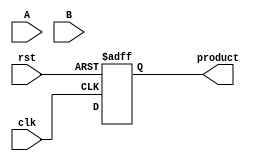
module PipelinedWallaceTreeMultiplier #(parameter N = 8, // Bit-width of inputs
                                        parameter STAGES = 3) // Number of pipeline stages
(
    input  wire clk,
    input  wire rst,
    input  wire [N-1:0] A,
    input  wire [N-1:0] B,
    output reg [2*N-1:0] product
);

    // Intermediate signals
    wire [N-1:0] partial_products[N-1:0];
    wire [2*N-1:0] stage_out [STAGES:0];
    reg [2*N-1:0] stage_reg [STAGES:0];

    // Generate partial products
    genvar i, j;
    generate
        for (i = 0; i < N; i = i + 1) begin : pp_gen
            for (j = 0; j < N; j = j + 1) begin : pp_and
                assign partial_products[i][j] = A[i] & B[j];
            end
        end
    endgenerate

    // Wallace Tree Reduction
    // Stage 0: Initial partial products
    assign stage_out[0] = {partial_products[0], {2*N-N{1'b0}}}; // Align first partial product
    generate
        for (i = 1; i < N; i = i + 1) begin : stage0
            assign stage_out[0][i +: N] = partial_products[i];
        end
    endgenerate

    // Reduction stages
    genvar k;
    generate
        for (k = 0; k < STAGES; k = k + 1) begin : reduction_stages
            if (k == 0) begin
                // First stage: Directly use partial products
                assign stage_out[k + 1] = stage_out[k];
            end else begin
                // Wallace tree reduction logic
                // This is a simplified version; actual implementation may require more adders
                // and handling of carry bits.
                // Here we assume a simple reduction for demonstration purposes.
                assign stage_out[k + 1] = stage_out[k] + stage_out[k]; // Simplified addition
            end
        end
    endgenerate

    // Pipelining registers
    always @(posedge clk or posedge rst) begin
        if (rst) begin
            product <= 0;
            stage_reg[0] <= 0;
            stage_reg[1] <= 0;
            stage_reg[2] <= 0;
        end else begin
            // Shift registers through the pipeline
            stage_reg[0] <= stage_out[0];
            stage_reg[1] <= stage_reg[0];
            stage_reg[2] <= stage_reg[1];
            product <= stage_reg[STAGES]; // Final output
        end
    end

endmodule